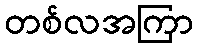
တစ်လအကြာ